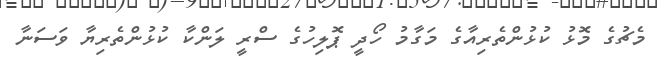
މެޗުގެ މޮޅު ކުޅުންތެރިއާގެ މަގާމު ހޯދީ ޕޮލިހުގެ ސްރީ ލަންކާ ކުޅުންތެރިޔާ ވަސަނާ